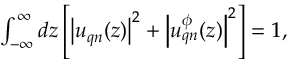
\begin{array} { r } { \int _ { - \infty } ^ { \infty } d z \left[ \left| \boldsymbol { u } _ { \boldsymbol { q } n } ( z ) \right| ^ { 2 } + \left| \boldsymbol { u } _ { \boldsymbol { q } n } ^ { \phi } ( z ) \right| ^ { 2 } \right] = 1 , } \end{array}